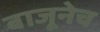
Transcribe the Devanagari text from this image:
बाजूनेच